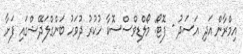
އިމްރާން އަދި އަސަދު - ފޮޓޯ: މޯލްޑިވްސްސޮކާ ހުކުރު ދުވަހު ބަންގްލަދޭޝްގައި ފަށާ